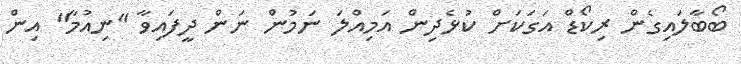
ބޯބާލައިގެން ރިކޯޑް އަގަކަށް ކުޅެދިން އަމިއްލަ ނަމުން ނަން ދީފައިވާ "ނިއުމާ" އިން